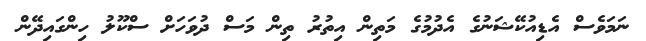
ނަމަވެސް އެޑިއުކޭޝަނުގެ އެދުމުގެ މަތިން އިތުރު ތިން މަސް ދުވަހަށް ސްކޫލު ހިންގައިދޭން